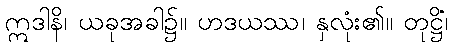
ဣဒါနိ၊ ယခုအခါ၌။ ဟဒယဿ၊ နှလုံး၏။ တုဋ္ဌိံ၊